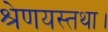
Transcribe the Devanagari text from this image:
श्रेणयस्तथा।